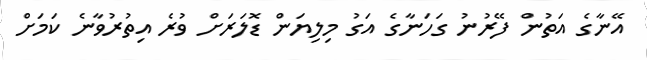
އޭނާގެ އަތުން ފޭރުނު ގަހަނާގެ އަގު މިލިޔަން ޑޮލަރަށް ވުރެ އިތުރުވާނެ ކަމަށް